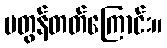
မတွန်တတ်ကြောင်း။